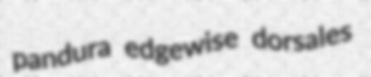
pandura edgewise dorsales